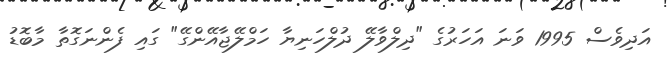
އަދިވެސް 1995 ވަނަ އަހަރުގެ "ދިލްވާލޭ ދުލްހަނިޔާ ހަމްލޭޖާއޭންގޭ" ގައި ފެންނަގޮތާ މާބޮޑު